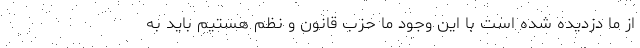
از ما دزدیده شده است با این وجود ما حزب قانون و نظم هستیم باید به